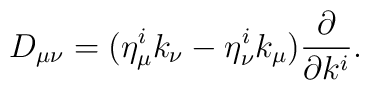
D_{\mu\nu} = (\eta_{\mu}^i k_{\nu} - \eta_{\nu}^i k_{\mu}){\partial\over \partial k^i}.